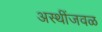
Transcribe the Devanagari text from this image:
अस्थींजवळ